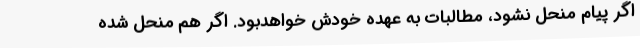
اگر پیام منحل نشود، مطالبات به عهده خودش خواهدبود. اگر هم منحل شده